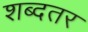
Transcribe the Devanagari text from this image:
शब्दतर